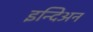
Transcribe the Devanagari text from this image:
इन्दिअन